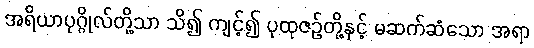
အရိယာပုဂ္ဂိုလ်တို့သာ သိ၍ ကျင့်၍ ပုထုဇဉ်တို့နှင့် မဆက်ဆံသော အရာ